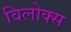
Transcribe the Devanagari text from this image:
विलोक्स